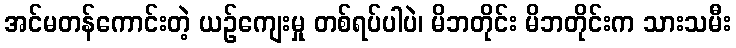
အင်မတန်ကောင်းတဲ့ ယဉ်ကျေးမှု တစ်ရပ်ပါပဲ၊ မိဘတိုင်း မိဘတိုင်းက သားသမီး